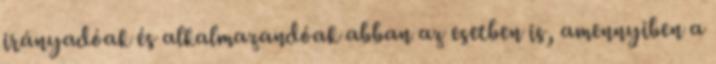
irányadóak és alkalmazandóak abban az esetben is, amennyiben a